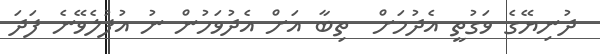
ދުނިޔޭގެ ވަގުތީ އެދުމަށް  ތިބާ އަށް އެދުވަހުން ނު އުފުލެވޭނެ ފަދަ